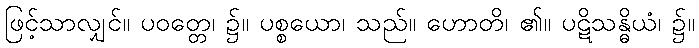
ဖြင့်သာလျှင်။ ပဝတ္တေ၊ ၌။ ပစ္စယော၊ သည်။ ဟောတိ၊ ၏။ ပဋိသန္ဓိယံ၊ ၌။